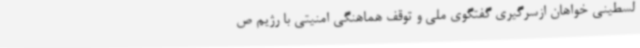
لسطینی خواهان ازسرگیری گفتگوی ملی و توقف هماهنگی امنیتی با رژیم ص